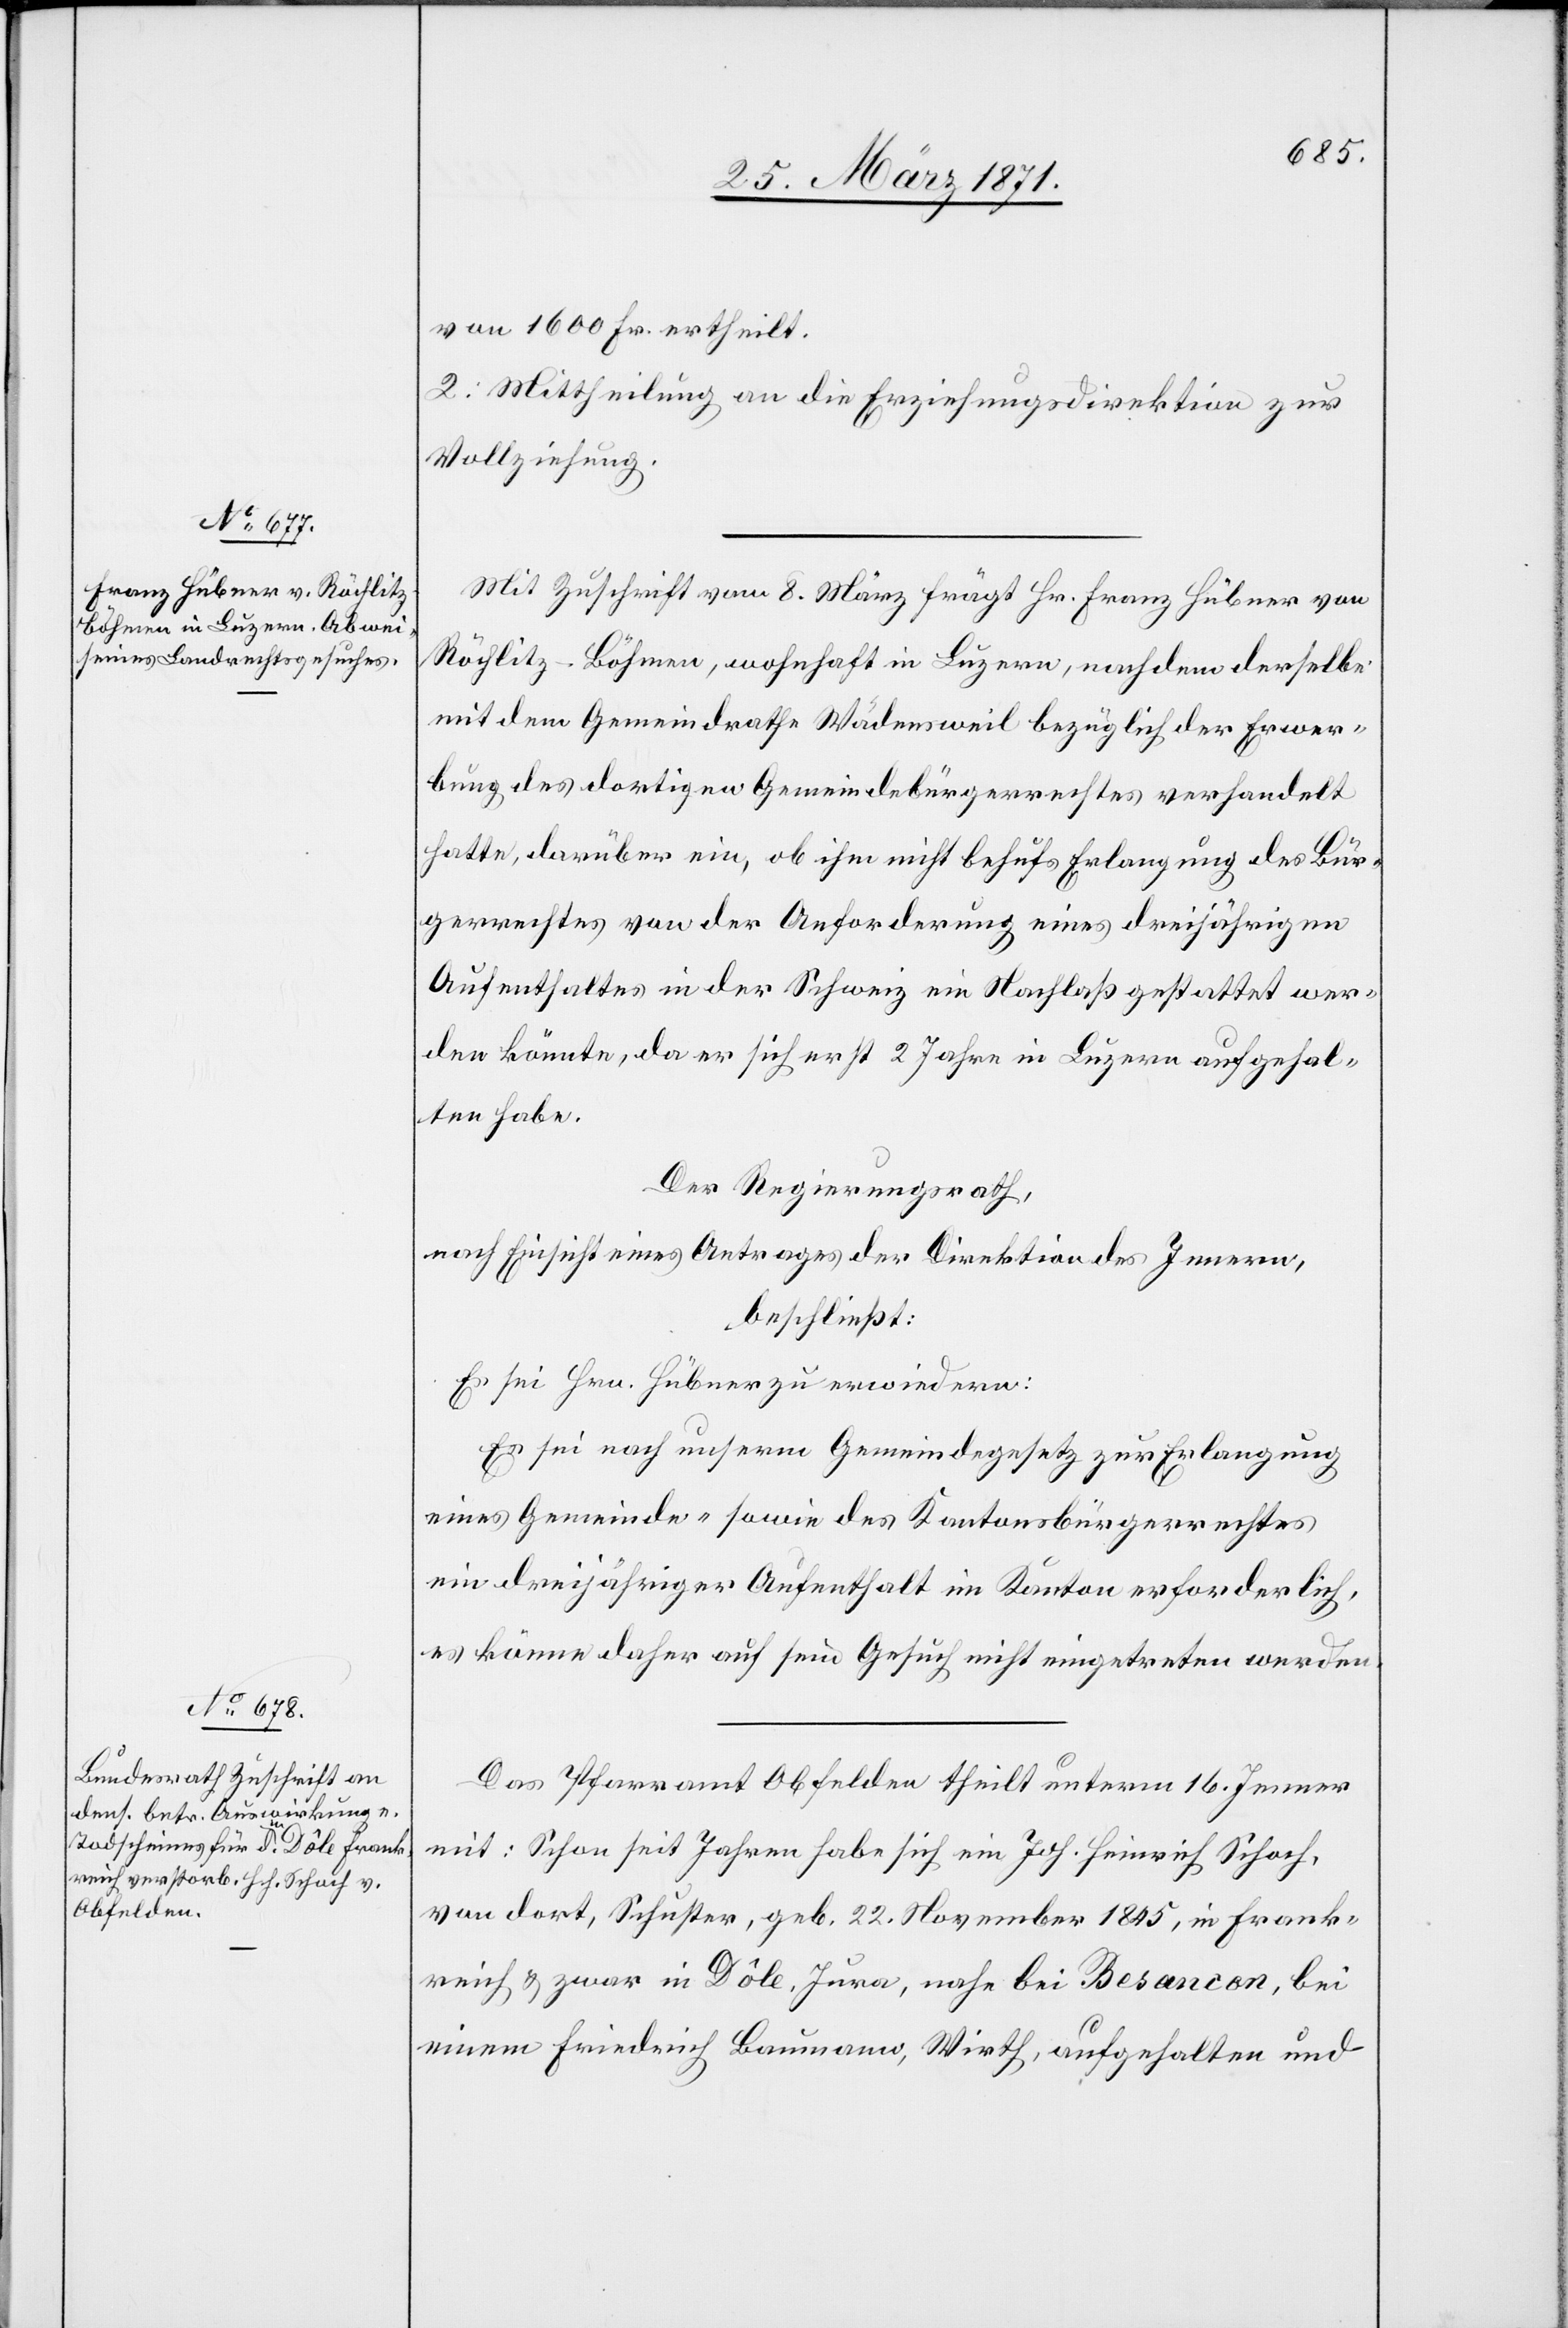
von 1600 Fr. ertheilt.
2. Mittheilung an die Erziehungsdirektion zur
Vollziehung.
Mit Zuschrift vom 8. März frägt Hr. Franz Hübner von
Röchlitz-Böhmen, wohnhaft in Luzern, nachdem derselbe
mit dem Gemeindrathes Wädensweil bezüglich der Erwer¬
bung des dortigen Gemeindebürgerrechtes verhandelt
hatte, darüber ein, ob ihm nicht behufs Erlangung des Bür¬
gerrechtes von der Anforderung eines dreijährigen
Aufenthaltes in der Schweiz ein Nachlaß gestattet wer¬
den könnte, da er sich erst 2 Jahre in Luzern aufgehal¬
ten habe.
Der Regierungsrath,
nach Einsicht eines Antrages der Direktion des Innern,
beschließt:
Es sei Hrn. Hübner zu erwiedern:
Es sei nach unserem Gemeindegesetz zur Erlangung
eines Gemeinde- sowie des Kantonsbürgerrechtes
ein dreijähriger Aufenthalt im Kanton erforderlich,
es könne daher auf sein Gesuch nicht eingetreten werden.
Das Pfarramt Obfelden theilt unterm 16. Jenner
mit: Schon seit Jahren habe sich ein Joh. Heinrich Schoch,
von dort, Schuster, geb. 22. November 1845, in Frank¬
reich u. zwar in Dôle, Jura, nahe bei Besancon, bei
einem Friedrich Baumann, Wirth, aufgehalten und